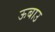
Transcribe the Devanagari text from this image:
ऊबाउ